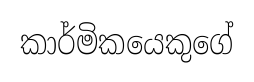
කාර්මිකයෙකුගේ